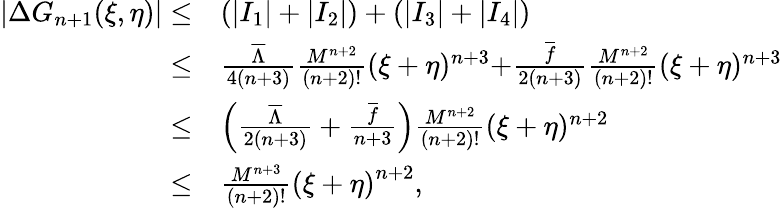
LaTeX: \begin{array}{rl}{|\Delta G_{n+1}(\xi,\eta)|\leq}&{\left(|I_{1}|+|I_{2}|\right)+\left(|I_{3}|+|I_{4}|\right)}\\ {\leq}&{\frac{{{{\overline{{\Lambda}}}}}}{4(n+3)}\frac{M^{n+2}}{(n+2)!}(\xi+\eta)^{n+3}{+}\frac{{\overline{{f}}}}{2(n+3)}\frac{M^{n+2}}{(n+2)!}(\xi+\eta)^{n+3}}\\ {\leq}&{\left(\frac{{{{\overline{{\Lambda}}}}}}{2(n+3)}+\frac{{\overline{{f}}}}{n+3}\right)\frac{M^{n+2}}{(n+2)!}(\xi+\eta)^{n+2}}\\ {\leq}&{\frac{M^{n+3}}{(n+2)!}\left(\xi+\eta\right)^{n+2},}\end{array}